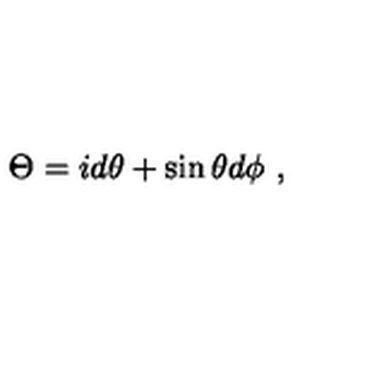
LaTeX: \Theta = i d \theta + \sin \theta d \phi \ ,